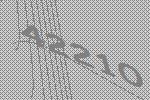
42210